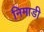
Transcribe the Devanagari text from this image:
निमाडी